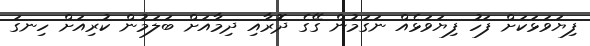
ފިޔަވަޅަކަށް ފަހު ފިޔަވަޅެއް ނަގަމުން ގޭގެ ދޮރާއި ދިމާއަށް ބަލަމުން ކުރިއަށް ހިނގަ